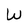
Character: W